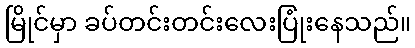
မြိုင်မှာ ခပ်တင်းတင်းလေးပြုံးနေသည်။